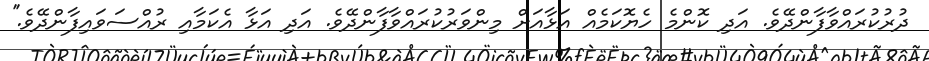
ދުރުކުރައްވާފާންދޭވެ. އަދި ކޮންމެ ހެޔޮކަމެއް އަޅާއަށް މިންވަރުކުރައްވާފާންދޭވެ. އަދި އަޅާ އެކަމާއި ރުއްސަވައިފާންދޭވެ.''